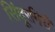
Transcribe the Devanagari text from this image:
सिंदूरगिरी